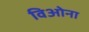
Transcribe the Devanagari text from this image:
विओना